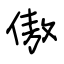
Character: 傲